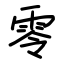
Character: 零